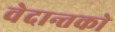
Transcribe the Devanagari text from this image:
वेदान्तकाे